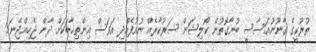
ތުރުކީގެ ގާނޫނުއަސާސީ ބުނާގޮތުން ކޯލިޝަން ސަރުކާރެއް ނުއުފެއްދި އަވަސް އިންތިޚާބަކަށް ދާން ޖެހިއްޖެނަމަ